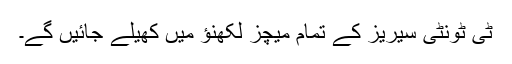
ٹی ٹونٹی سیریز کے تمام میچز لکھنؤ میں کھیلے جائیں گے۔